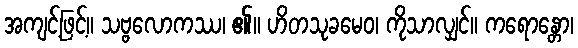
အကျင့်ဖြင့်။ သဗ္ဗလောကဿ၊ ၏။ ဟိတသုခမေဝ၊ ကိုသာလျှင်။ ကရောန္တော၊